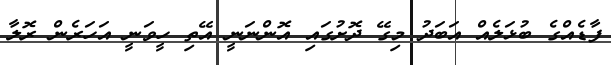
ފާޑެއްގެ ބުޅަލެއް އަބަދު މިގޭ ދޮށުގައި އޮންނަނީ އޭތި ހީވަނީ އަހަރެން ރޮލާ